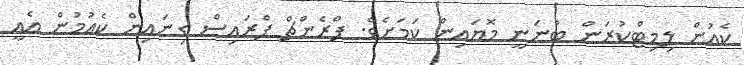
ކެއުން ލިމިޓްކުރަން ބުނަނީ މޮޔައިން ކަމަށެވެ. ފްރެންޗް ފްރައިސް ގިނައިން ކެއުމުން އެއީ